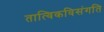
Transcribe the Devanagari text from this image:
तात्विकविसंगति